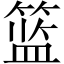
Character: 篮